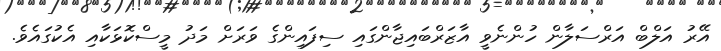
އޭރު އަލްބް އަރްސަލާން ހުންނެވީ އާޒަރްބައިޖާންގައި ސިފައިންގެ ވަރަށް މަދު މީސްކޮޅަކާއި އެކުގައެވެ.